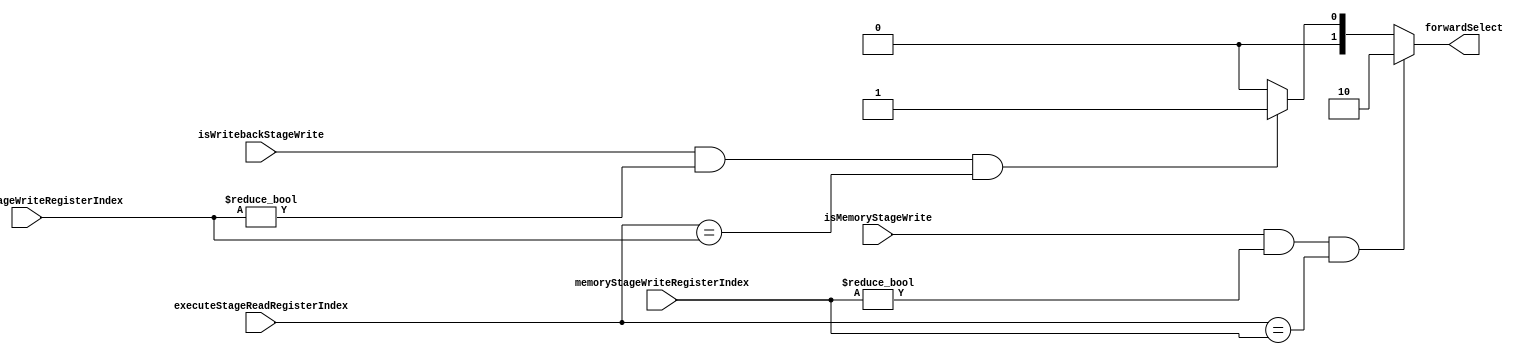
module ForwardingUnit(
  input [4:0] executeStageReadRegisterIndex,
  input [4:0] memoryStageWriteRegisterIndex,
  input [4:0] writebackStageWriteRegisterIndex,
  input isMemoryStageWrite,
  input isWritebackStageWrite,
  output [1:0] forwardSelect
);
wire isMemHazard;
wire isWbHazard;

assign isMemHazard = isMemoryStageWrite && memoryStageWriteRegisterIndex != 0 
&& executeStageReadRegisterIndex == memoryStageWriteRegisterIndex;
assign isWbHazard = isWritebackStageWrite && writebackStageWriteRegisterIndex != 0 
&& executeStageReadRegisterIndex == writebackStageWriteRegisterIndex;

assign forwardSelect = (isMemHazard) ? 2'b10 :
  (isWbHazard) ? 2'b01 : 
  2'b00;
endmodule